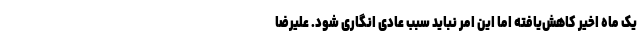
یک ماه اخیر کاهش‌یافته اما این امر نباید سبب عادی انگاری شود. علیرضا